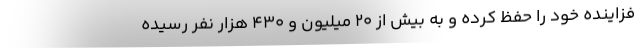
فزاینده خود را حفظ کرده و به بیش از 20 میلیون و 430 هزار نفر رسیده